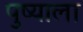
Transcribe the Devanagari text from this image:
पुष्याला